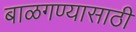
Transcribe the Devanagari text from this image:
बाळगण्यासाठी